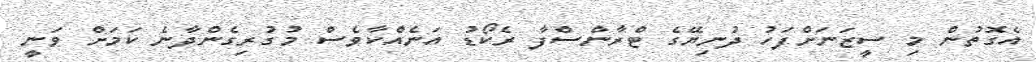
އެގޮތުން މި ސީޒަނަށްފަހު ދުނިޔޭގެ ޓްރާންސްފާ ރެކޯޑު އަނެއްކާވެސް މުގުރިގެންދާނެ ކަމަށް ވަނީ